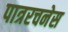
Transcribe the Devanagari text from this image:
पात्ररचनेस